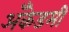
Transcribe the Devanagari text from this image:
अँकेडमी